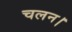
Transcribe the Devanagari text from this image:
चलन।